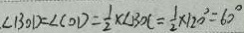
\angle B O D = \angle C O D = \frac { 1 } { 2 } \times \angle B O C = \frac { 1 } { 2 } \times 1 2 0 ^ { \circ } = 6 0 ^ { \circ }